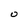
Character: 0